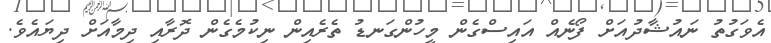
އެވަގުތު ނައުޝާދުއަށް ފޯނެއް އައިސްގެން މީހުންގަނޑު ތެރެއިން ނިކުމެގެން ދޮރާއި ދިމާއަށް ދިޔައެވެ.